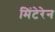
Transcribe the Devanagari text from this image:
मिंटेरेन